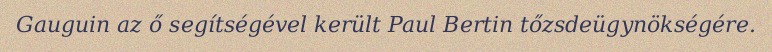
Gauguin az ő segítségével került Paul Bertin tőzsdeügynökségére.